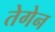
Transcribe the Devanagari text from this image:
तेगेन